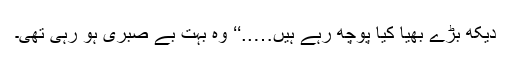
دیکھ بڑے بھیا کیا پوچھ رہے ہیں…..‘‘ وہ بہت بے صبری ہو رہی تھی۔